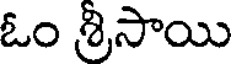
ఓం శ్రీసాయి